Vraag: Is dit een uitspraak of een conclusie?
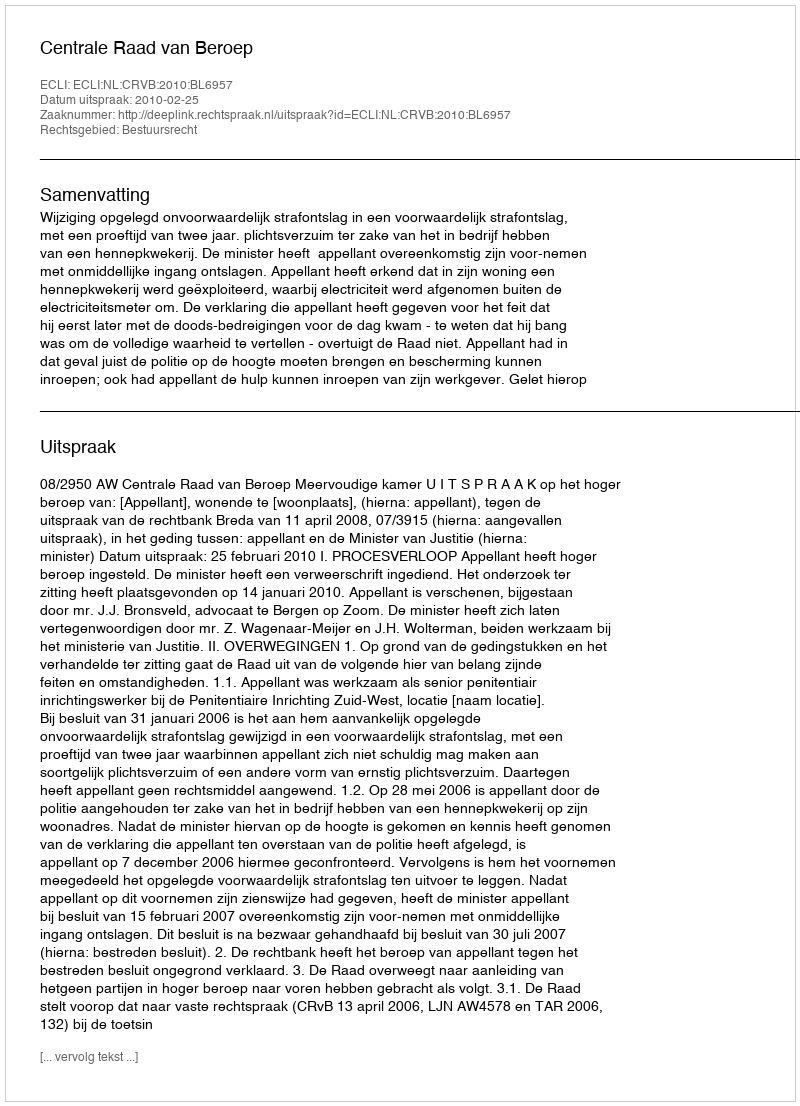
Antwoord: Uitspraak